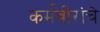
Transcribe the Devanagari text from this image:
कर्मवीरांचे